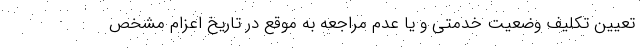
تعیین تکلیف وضعیت خدمتی و یا عدم مراجعه به موقع در تاریخ اعزام مشخص